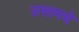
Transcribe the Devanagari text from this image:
उसामधे